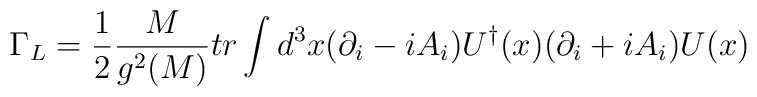
\Gamma_L={1\over 2}{M\over g^2(M)} tr \int d^{3}x (\partial_i-iA_i)U^\dagger(x)(\partial_i+iA_i)U(x)